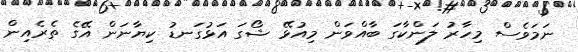
ނަމަވެސް މިހާރު ލަންކާގަ ބާއްވަން މިއުޅޭ ޝޯގަ އަޅުގަނޑު ކިޔާނަން އޭގެ ތެރެއިން